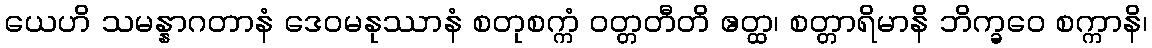
ယေဟိ သမန္နာဂတာနံ ဒေဝမနုဿာနံ စတုစက္ကံ ဝတ္တတီတိ ဧတ္ထ၊ စတ္တာရိမာနိ ဘိက္ခဝေ စက္ကာနိ၊